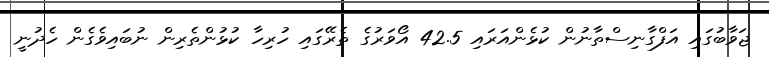
ޖަވާބުގައި އަފްގާނިސްތާނުން ކުޅެންއަރައި 42.5 އޯވަރުގެ ތެރޭގައި ހުރިހާ ކުޅުންތެރިން ނުބައިވެގެން ހެދުނީ